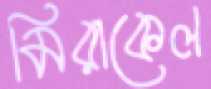
মিরাকেল